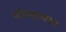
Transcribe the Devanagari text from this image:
परिणास्वरुप